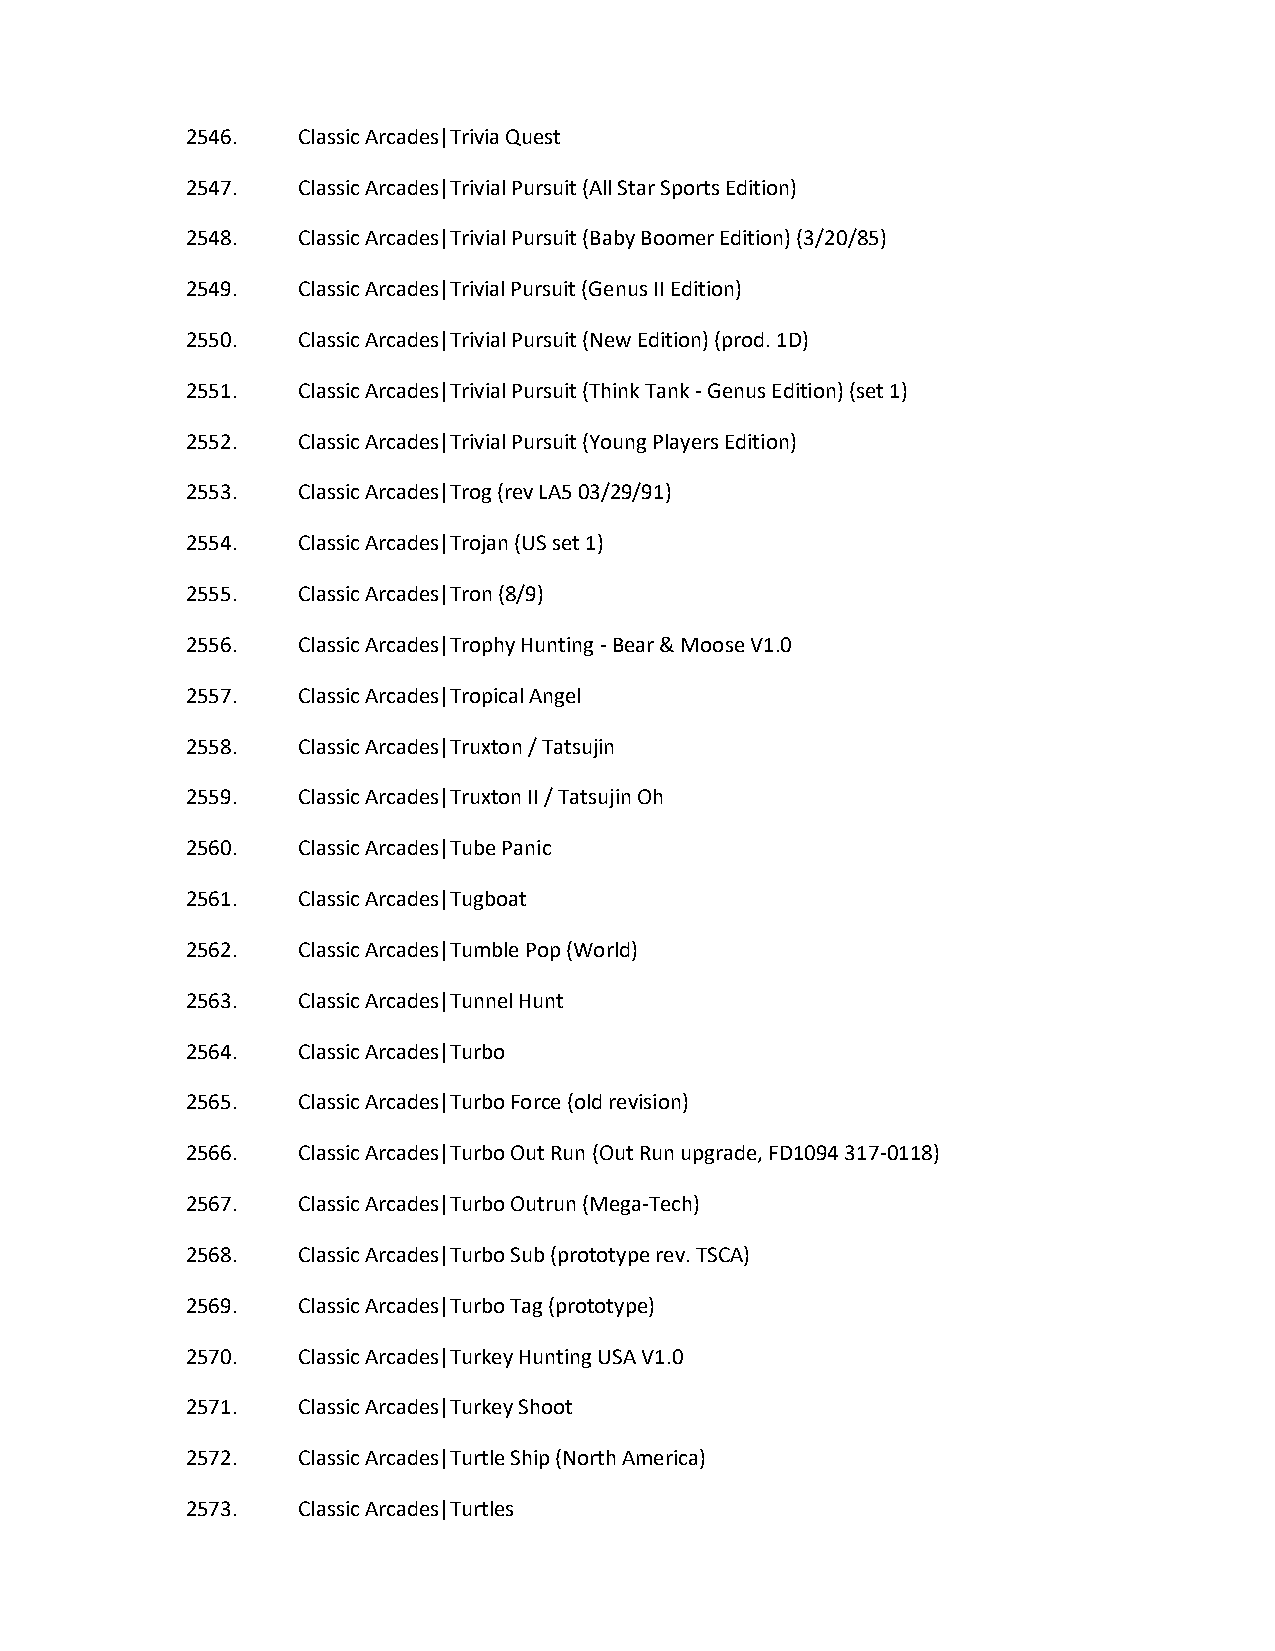
2546.   Classic Arcades|Trivia Quest
 2547.   Classic Arcades|Trivial Pursuit (All Star Sports Edition)
 2548.   Classic Arcades|Trivial Pursuit (Baby Boomer Edition) (3/20/85)
 2549.   Classic Arcades|Trivial Pursuit (Genus II Edition)
 2550.   Classic Arcades|Trivial Pursuit (New Edition) (prod. 1D)
 2551.   Classic Arcades|Trivial Pursuit (Think Tank - Genus Edition) (set 1)
 2552.   Classic Arcades|Trivial Pursuit (Young Players Edition)
 2553.   Classic Arcades|Trog (rev LA5 03/29/91)
 2554.   Classic Arcades|Trojan (US set 1)
 2555.   Classic Arcades|Tron (8/9)
 2556.   Classic Arcades|Trophy Hunting - Bear & Moose V1.0
 2557.   Classic Arcades|Tropical Angel
 2558.   Classic Arcades|Truxton / Tatsujin
 2559.   Classic Arcades|Truxton II / Tatsujin Oh
 2560.   Classic Arcades|Tube Panic
 2561.   Classic Arcades|Tugboat
 2562.   Classic Arcades|Tumble Pop (World)
 2563.   Classic Arcades|Tunnel Hunt
 2564.   Classic Arcades|Turbo
 2565.   Classic Arcades|Turbo Force (old revision)
 2566.   Classic Arcades|Turbo Out Run (Out Run upgrade, FD1094 317-0118)
 2567.   Classic Arcades|Turbo Outrun (Mega-Tech)
 2568.   Classic Arcades|Turbo Sub (prototype rev. TSCA)
 2569.   Classic Arcades|Turbo Tag (prototype)
 2570.   Classic Arcades|Turkey Hunting USA V1.0
 2571.   Classic Arcades|Turkey Shoot
 2572.   Classic Arcades|Turtle Ship (North America)
 2573.   Classic Arcades|Turtles